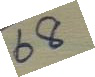
 68